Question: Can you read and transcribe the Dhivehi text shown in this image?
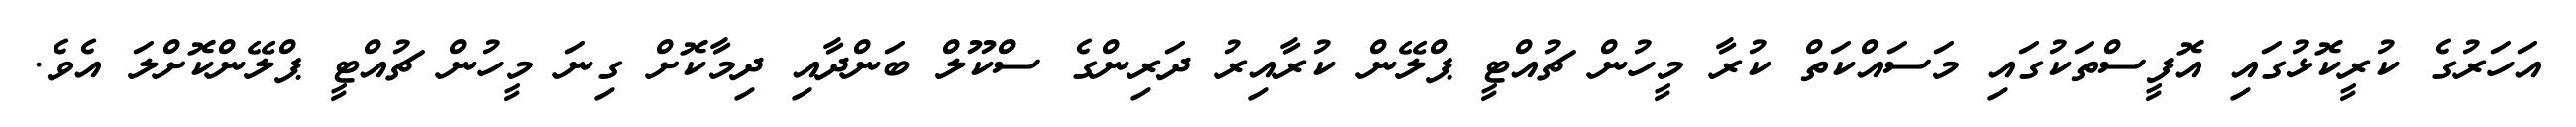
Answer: އަހަރުގެ ކުރީކޮޅުގައި އޮފީސްތަކުގައި މަސައްކަތް ކުރާ މީހުން ޗުއްޓީ ޕްލޭން ކުރާއިރު ދަރިންގެ ސްކޫލް ބަންދާއި ދިމާކޮށް ގިނަ މީހުން ޗުއްޓީ ޕްލޭންކޮށްލަ އެވެ.